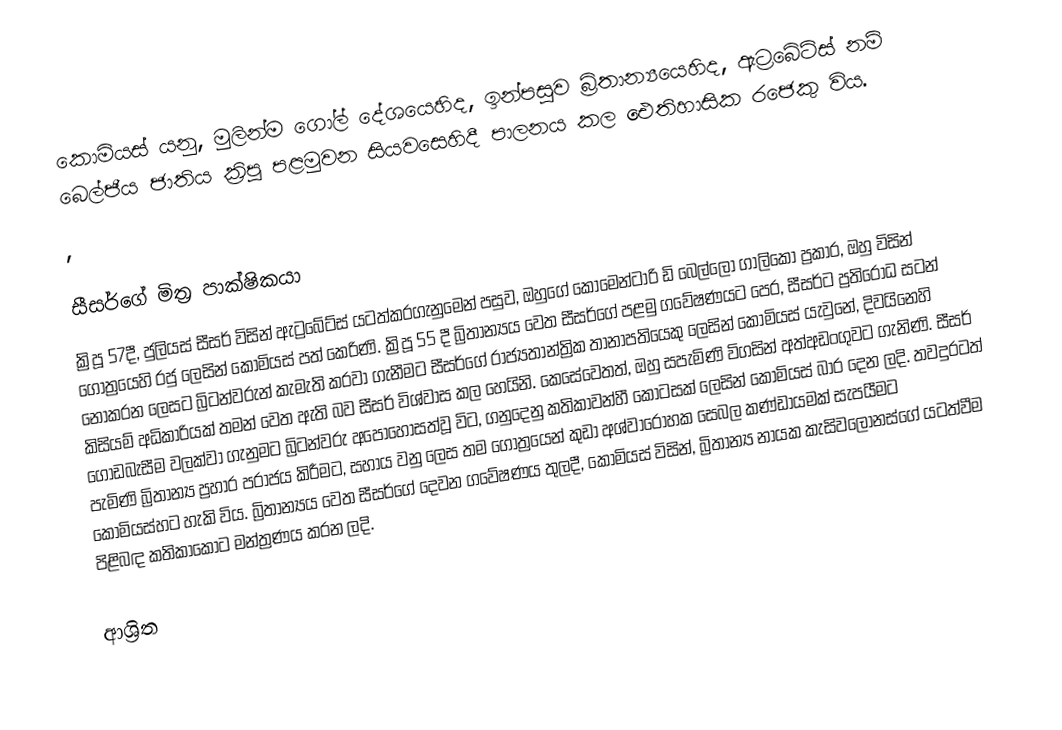
කොමියස් යනු, මුලින්ම ගෝල් දේශයෙහිද, ඉන්පසුව බ්‍රිතාන්‍යයෙහිද, ඇට්‍රබේට්ස් නම්  බෙල්ජීය ජාතිය ක්‍රිපූ පළමුවන සියවසෙහිදී පාලනය කල  ඓතිහාසික රජෙකු විය.
,

සීසර්ගේ මිත්‍ර පාක්ෂිකයා
ක්‍රිපූ 57දී, ජුලියස් සීසර් විසින් ඇට්‍රබේට්ස් යටත්කරගැනුමෙන් පසුව,  ඔහුගේ කොමෙන්ටාරි ඩි බෙල්ලො ගාලිකෝ ප්‍රකාර, ඔහු විසින් ගෝත්‍රයෙහි රජු ලෙසින්  කොමියස් පත් කෙරිණි. ක්‍රිපූ 55 දී බ්‍රිතාන්‍යය වෙත සීසර්ගේ පළමු ගවේෂණයට පෙර, සීසර්ට ප්‍රතිරෝධ සටන් නොකරන ලෙසට බ්‍රිටන්වරුන් කැමැති කරවා ගැනීමට  සීසර්ගේ රාජ්‍යතාන්ත්‍රික තානාපතියෙකු ලෙසින් කොමියස් යැවුනේ, දිවයිනෙහි කිසියම් අධිකාරියක් තමන් වෙත ඇති බව සීසර් විශ්වාස කල හෙයිනි.  කෙසේවෙතත්, ඔහු සපැමිණි විගසින් අත්අඩංගුවට ගැනිණි. සීසර් ගොඩබැසීම වලක්වා ගැනුමට බ්‍රිටන්වරු අපොහොසත්වූ විට, ගනුදෙනු කතිකාවන්හී කොටසක් ලෙසින් කොමියස් බාර දෙන ලදි.  තවදුරටත් පැමිණි බ්‍රිතාන්‍ය ප්‍රහාර පරාජය කිරීමට, සහාය වනු ලෙස තම ගෝත්‍රයෙන් කුඩා අශ්වාරෝහක සෙබල කණ්ඩායමක් සැපයීමට  කොමියස්හට හැකි විය.  බ්‍රිතාන්‍යය වෙත සීසර්ගේ දෙවන ගවේෂණය තුලදී, කොමියස් විසින්, බ්‍රිතාන්‍ය නායක   කැසිවලෝනස්ගේ යටත්වීම පිළිබඳ කතිකාකොට මන්ත්‍රණය කරන ලදි.

ආශ්‍රිත